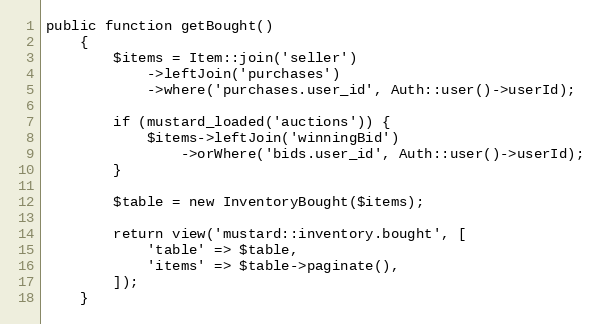
Language: PHP
public function getBought()
    {
        $items = Item::join('seller')
            ->leftJoin('purchases')
            ->where('purchases.user_id', Auth::user()->userId);

        if (mustard_loaded('auctions')) {
            $items->leftJoin('winningBid')
                ->orWhere('bids.user_id', Auth::user()->userId);
        }

        $table = new InventoryBought($items);

        return view('mustard::inventory.bought', [
            'table' => $table,
            'items' => $table->paginate(),
        ]);
    }